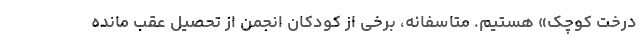
درخت کوچک» هستیم. متاسفانه، برخی از کودکان انجمن از تحصیل عقب مانده